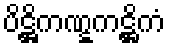
ပိဋ္ဌိကဏ္ဋကဋ္ဌိကံ